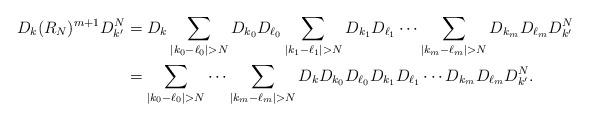
LaTeX: \begin{align*}D_k(R_N)^{m+1}D^N_{k'}&=D_k\sum_{|k_0-\ell_0|>N} D_{k_0}D_{\ell_0}\sum_{|k_1-\ell_1|>N} D_{k_1}D_{\ell_1}\cdots\sum_{|k_m-\ell_m|>N} D_{k_m}D_{\ell_m}D^N_{k'}\\&=\sum_{|k_0-\ell_0|>N}\cdots \sum_{|k_m-\ell_m|>N} D_kD_{k_0}D_{\ell_0}D_{k_1}D_{\ell_1}\cdots D_{k_m}D_{\ell_m}D^N_{k'}.\end{align*}